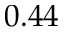
0 . 4 4